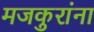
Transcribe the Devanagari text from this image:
मजकुरांना